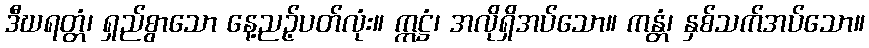
ဒီဃရတ္တံ၊ ရှည်စွာသော နေ့ညဉ့်ပတ်လုံး။ ဣဋ္ဌံ၊ အလိုရှိအပ်သော။ ကန္တံ၊ နှစ်သက်အပ်သော။